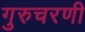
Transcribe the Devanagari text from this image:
गुरुचरणी